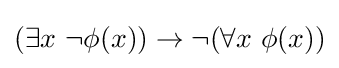
(\exists x\ \neg \phi (x))\to \neg (\forall x\ \phi (x))